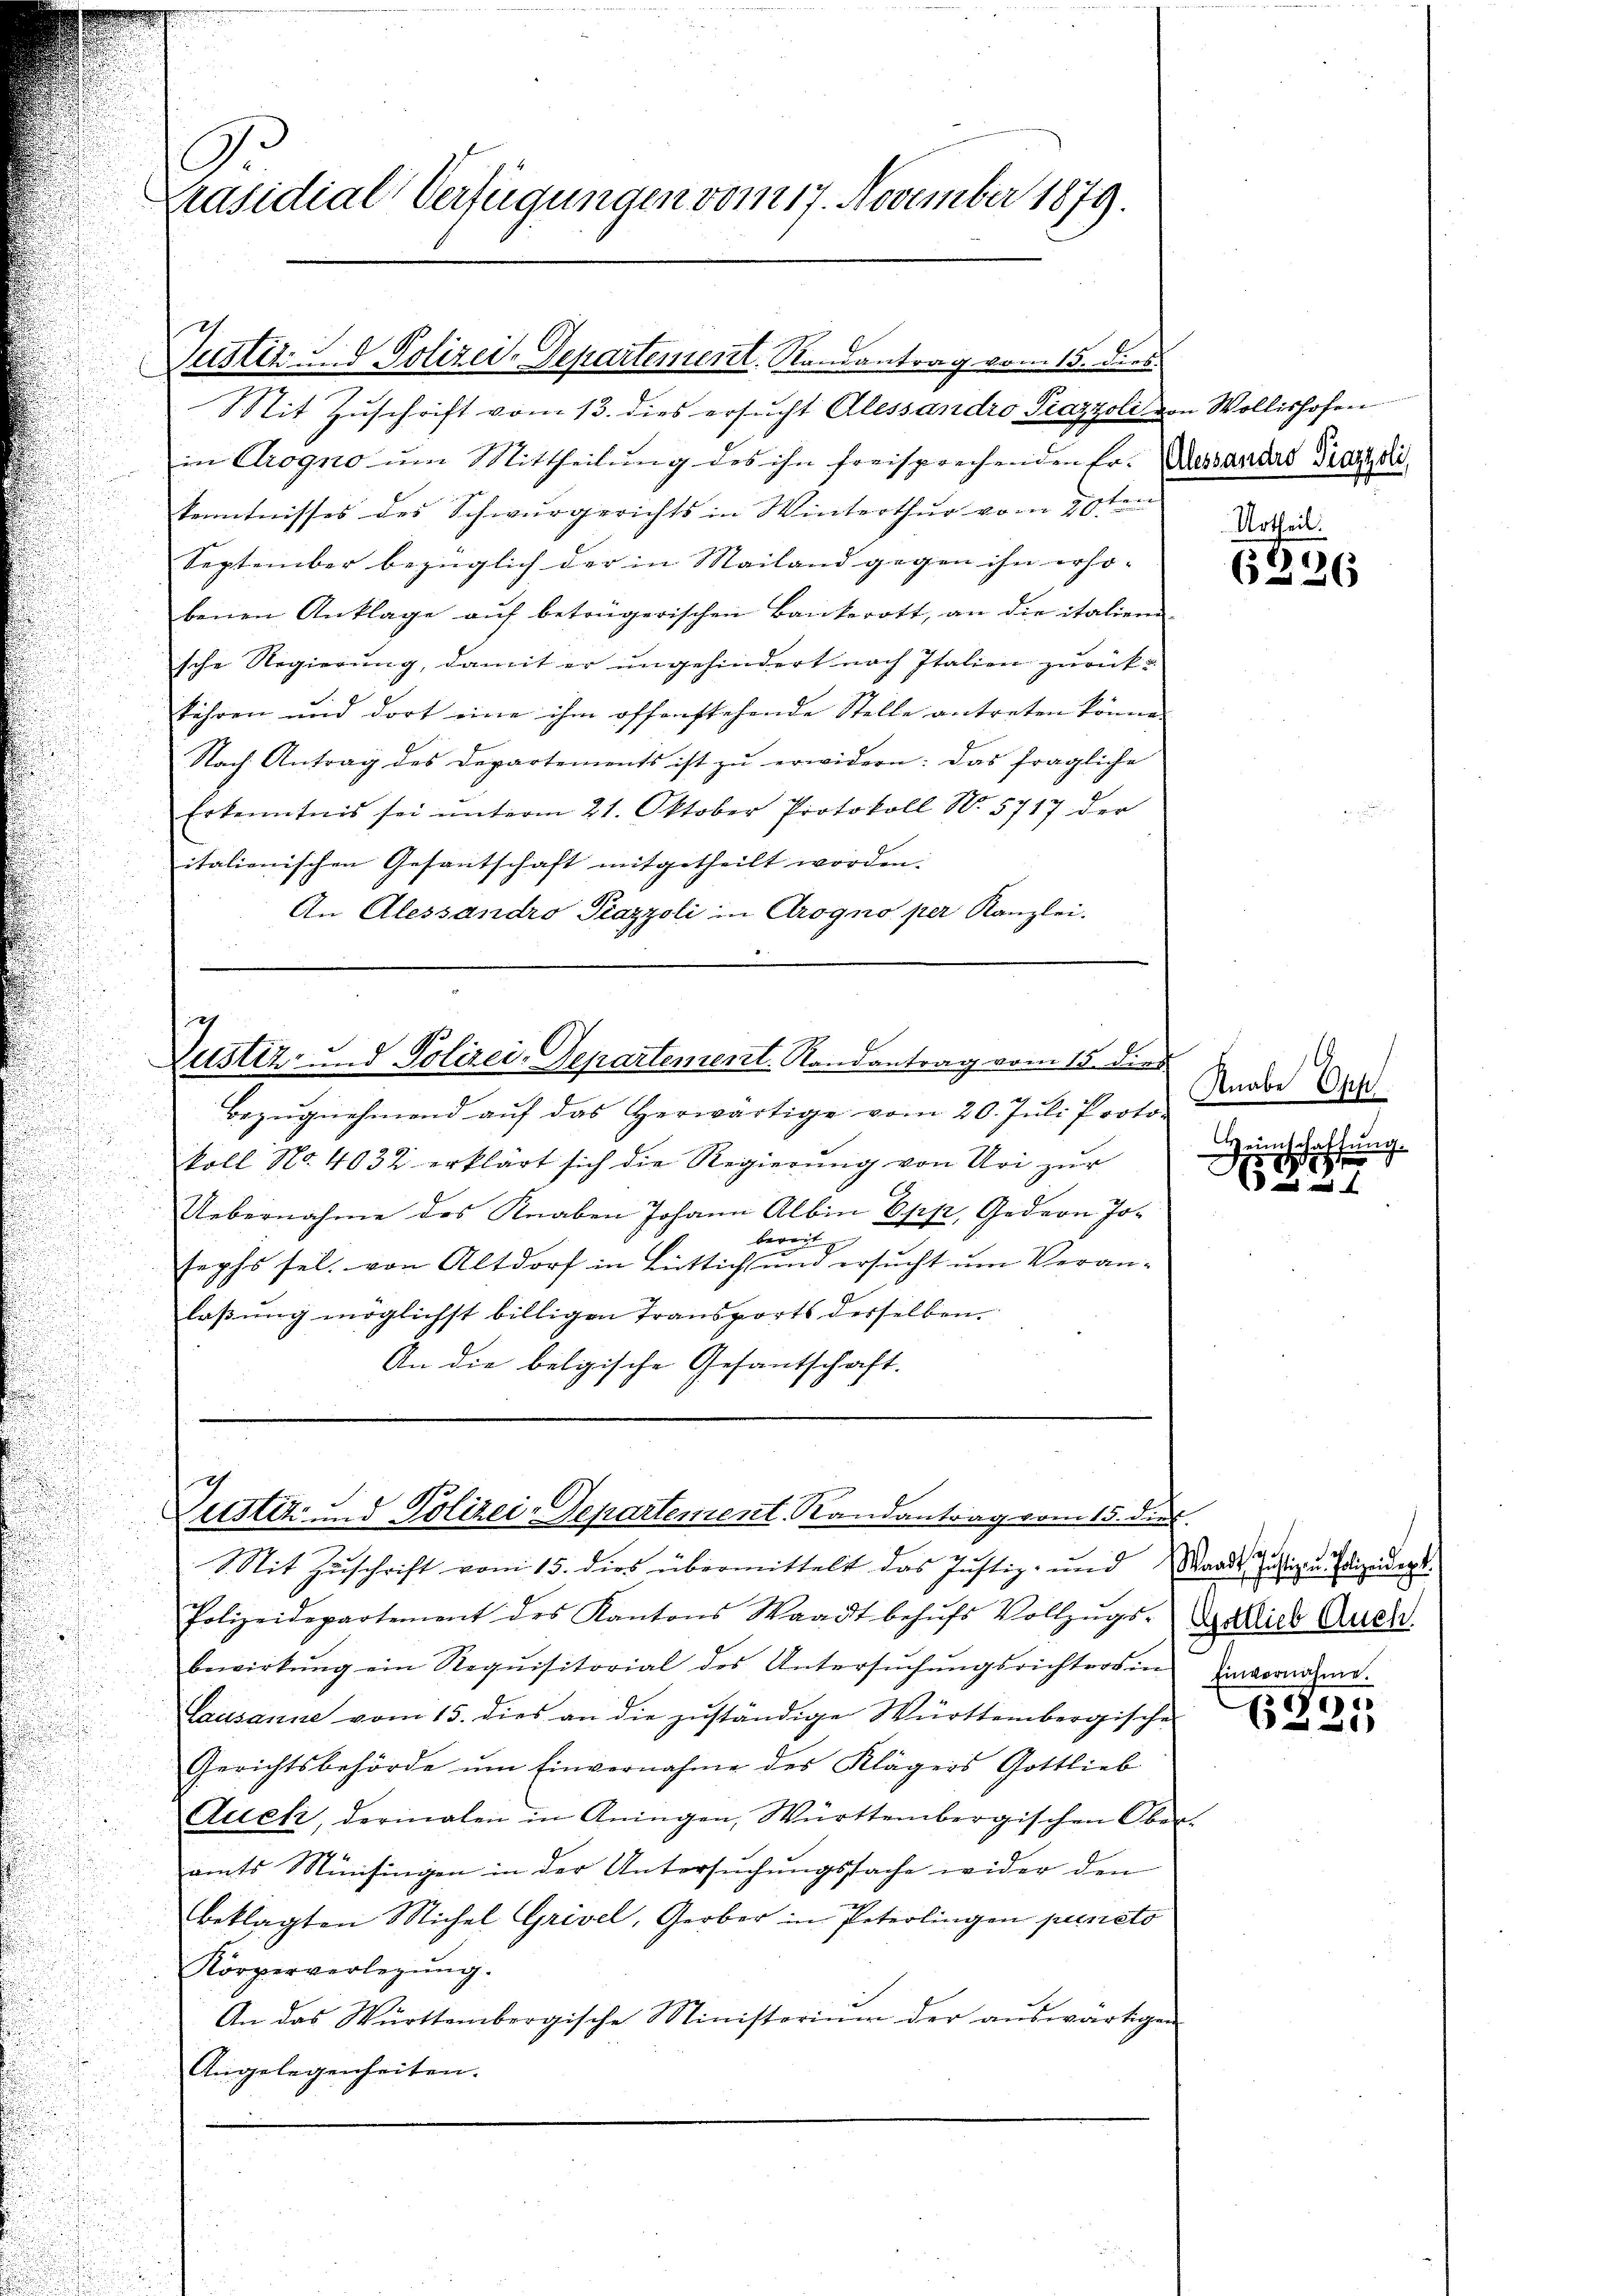
u

Präsidial-Verfügungen vom 17. November 1879.

in Crogno um Mittheilung des ihn freisprechenden Fr. Dessandas Tradi
Kenntnisses des Schwurgerichts in Winterthur vom 20ten
September bezüglich der in Mailand gegen ihn erho- |
benen Anklage auf betrügerischen Bankerott, an die italien-
sche Regierung, damit er ungehindert nach Italien zurückführen und dort eine ihm offenstehende Stelle antreten könne.
Nach Antrag des Departements ist zŭ erwidern: das fragliche
Erkenntnis sei ŭnterm 21. Oktober Protokoll N. 5717 der
italienischen Gesantschaft mitgetheilt worden. |
An Alessandro Piazzoli in Arogno per Kanzlei.

Justiz- & Polizei-Departement. Randantrag vom 15. dies
Mit Zuschrift vom 13. dies ersucht Alessandro Piazzoli von Wollishofen

7
Zustiz- und Polizei-Departement. Randantrag vom 15. dies

Bezŭgnehmend aŭf das herwärtige vom 20. Jŭli Proto-
koll No 4032 erklärt sich die Regierŭng von Uri zŭr
Uebernahme des Knaben Johann Albin Epp, Gedeon Jobereit
sephs sel. von Altdorf in Lüttich und ersucht um Veranlaßung möglichst billigen Transports desselben.
An die belgische Gesantschaft.

ch
eister und Polizei-Departement. Randantrag vom 15. dies

Mit Zuschrift vom 15. dies übermittelt das Justiz- und Stande Justiz- u Polizeider¬
Polizeidepartement des Kantons Waadt behŭfs Vollzŭgs-Dedich Quer
bewirkŭng ein Requisitorial des Untersŭchŭngsrichters in Einvernahme.
Lausanne vom 15. dies an die zuständige Württembergische
Gerichtsbehörde ŭm Einvernahme des Klägers Gottlieb
Auch, derinalen in Aningen, Württembergischen Ober-
amts Münsingen in der Untersŭchŭngssache wider den
beklagten Michel Grivel, Gerber in Peterlingen puncto
Körperverlegung.
An das Württembergische Ministoriŭm der aŭswärtigen
Angelegenheiten.

Urtheil.
6226

Knabe Opp
Weinschaffung.

o

6231